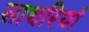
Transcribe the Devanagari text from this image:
साथरियां